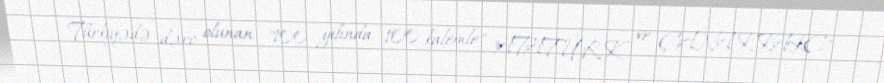
Türkiyədə dərc olunan "100 yılında 100 kalemle", "ATATÜRK ve ÇANAKKALE"